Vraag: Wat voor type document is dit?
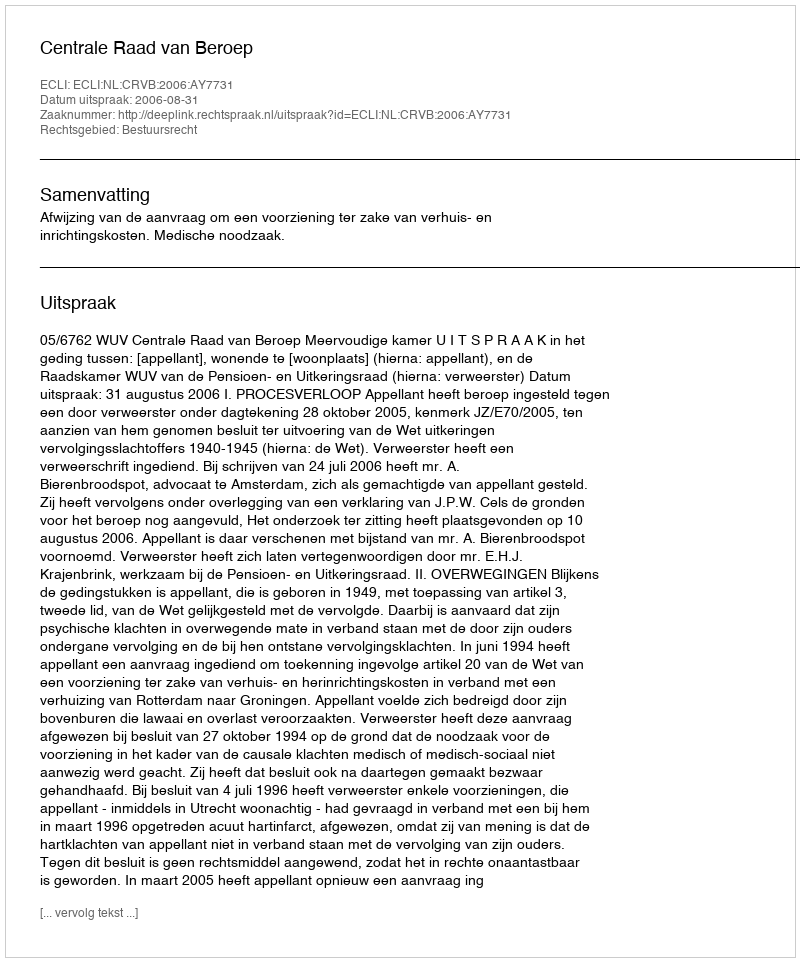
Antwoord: Uitspraak